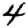
Digit: 4